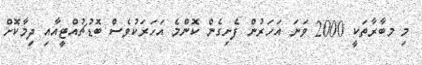
މި މބާރާތަކީ 2000 ވަނަ އަހަރުން ފެށިގެން ކޮންމެ އަހަރަކުވެސް ބޮޑުޗުއްޓީއާއި ދިމާކޮށް